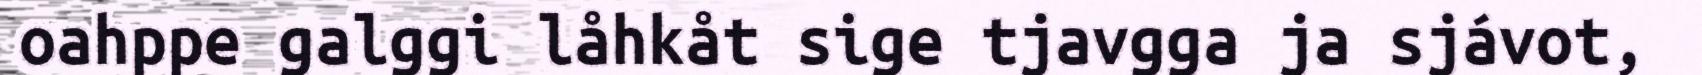
oahppe galggi låhkåt sige tjavgga ja sjávot,